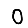
Digit: 0